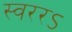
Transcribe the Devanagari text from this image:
स्वररऽ